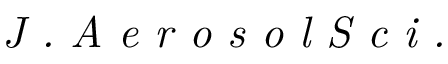
\textit { J . A e r o s o l S c i . }